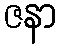
ဇနာ